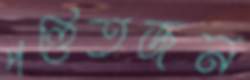
পণ্ডিতজন